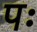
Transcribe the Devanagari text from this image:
पः